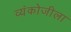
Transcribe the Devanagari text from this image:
व्यंकोजीला